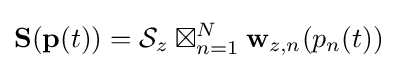
\mathbf {S} (\mathbf {p} (t))={\mathcal {S}}_{z}\boxtimes _{n=1}^{N}\mathbf {w} _{z,n}(p_{n}(t))